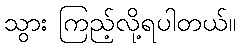
သွား ကြည့်လို့ရပါတယ်။